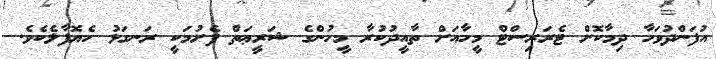
އުފަންދުވަހާ ދިމާކޮށް ޓެރަރިސްޓް މީހާއަށް ތާއީދުކުރާ މީހުންގެ ޝަރީޢަތް ފެށުމަކީ ރަނގަޅު ހެޔޮފާލެކެވެ.